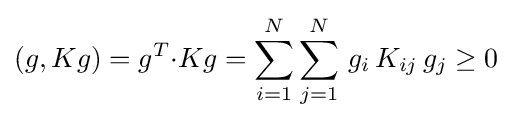
(g,Kg)=g^{T}{\cdot }Kg=\sum _{i=1}^{N}\sum _{j=1}^{N}\,g_{i}\,K_{ij}\,g_{j}\geq 0